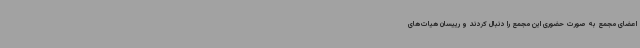
اعضای مجمع به صورت حضوری این مجمع را دنبال کردند و رییسان هیات‌های